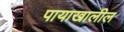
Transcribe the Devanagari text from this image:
पायाखालील